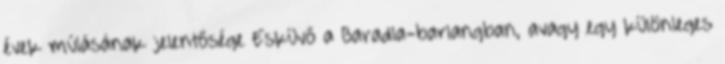
évek múlásának jelentősége Esküvő a Baradla-barlangban, avagy egy különleges